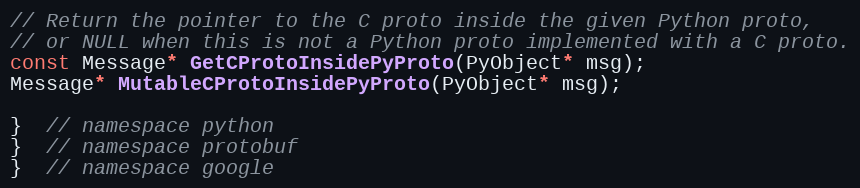
Language: C
// Return the pointer to the C proto inside the given Python proto,
// or NULL when this is not a Python proto implemented with a C proto.
const Message* GetCProtoInsidePyProto(PyObject* msg);
Message* MutableCProtoInsidePyProto(PyObject* msg);

}  // namespace python
}  // namespace protobuf
}  // namespace google